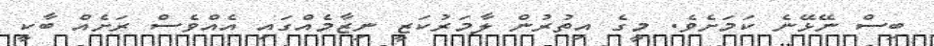
ބިސް ނޭޅޭނެ ކަމަށެވެ. މީގެ އިތުރުން ލާމަރުކަޒީ ނިޒާމެއްގައި އެއްވެސް ރަށެއް ބާކީ